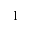
1